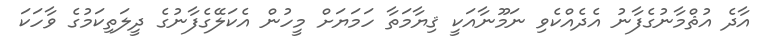
އާދެ އުޘްމާނުގެފާނު އެދެއްކެވި ނަމޫނާއަކީ ޤިޔާމަތާ ހަމަޔަށް މީހުން އެކަލޭގެފާނުގެ ދީލަތިކަމުގެ ވާހަކަ